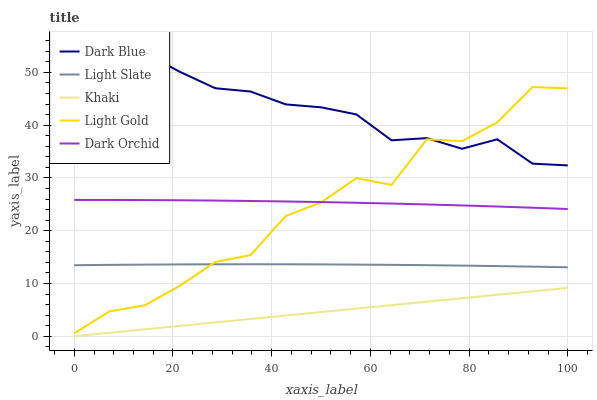
| xaxis_label | Dark Blue | Light Slate | Khaki | Light Gold | Dark Orchid |
 | --- | --- | --- | --- | --- | --- |
 | 0 | 55 | 13.5 | 0 | 0.565 | 25.8 |
 | 7.14 | 53.4 | 13.5 | 0.655 | 4.71 | 25.8 |
 | 14.3 | 53.7 | 13.6 | 1.31 | 5.86 | 25.8 |
 | 21.4 | 50.1 | 13.6 | 1.96 | 9.58 | 25.8 |
 | 28.6 | 47 | 13.6 | 2.62 | 14.1 | 25.7 |
 | 35.7 | 46.4 | 13.6 | 3.27 | 15.4 | 25.6 |
 | 42.9 | 43.9 | 13.6 | 3.93 | 22.8 | 25.5 |
 | 50 | 43.4 | 13.6 | 4.58 | 25.3 | 25.4 |
 | 57.1 | 42 | 13.6 | 5.24 | 30 | 25.3 |
 | 64.3 | 37.1 | 13.5 | 5.89 | 28.7 | 25.1 |
 | 71.4 | 37.5 | 13.5 | 6.55 | 37.3 | 25 |
 | 78.6 | 35.5 | 13.4 | 7.2 | 37 | 24.8 |
 | 85.7 | 37.3 | 13.3 | 7.86 | 40.5 | 24.6 |
 | 92.9 | 32.7 | 13.2 | 8.51 | 47.2 | 24.4 |
 | 100 | 32.4 | 13.1 | 9.17 | 47 | 24.1 |